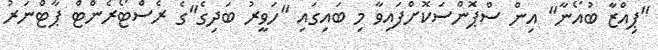
"ޕިއްޒާ ބުއޯނާ" އިން ސްޕޮންސަކޮށްފައިވާ މި ބައިގައި "ހަވީރު ބަދިގެ"ގެ ރެސްޓޯރެންޓް ޕާޓްނަރު